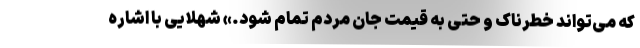
که می‌تواند خطرناک و حتی به قیمت جان مردم تمام شود.» شهلایی با اشاره